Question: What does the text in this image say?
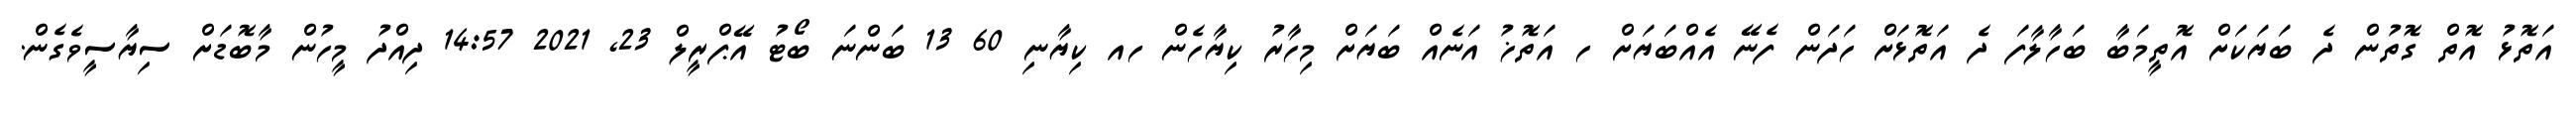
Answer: އަތޮޅު އޮތް ގޮތުން ދެ ބަޔަކަށް އޮތީމަބާ ބަހާލާފަ ދެ އަތޮޅަށް ހަދަން ފެނޭ އެއްބަޔަށް ހ އަތޮޚު އަނެއް ބަޔަށް މިހާރު ކިޔާހެން ހއ ކިޔާނި 60 13 ބަންނަ ބޯޓު އޭޕްރީލް 23, 2021 14:57 ދިއްދު މީހުން މާބޮޑަށް ސިޔާސީވެގެން.